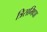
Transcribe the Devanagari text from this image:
त्रिसमिधा